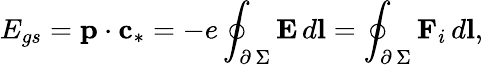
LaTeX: E_{gs}=\textbf{p}\cdot\textbf{c}_{*}=-e\oint_{\scriptstyle\partial\, \Sigma}\textbf{E}\, d\textbf{l}=\oint_{\scriptstyle\partial\, \Sigma}\textbf{F}_{i}\, d\textbf{l},